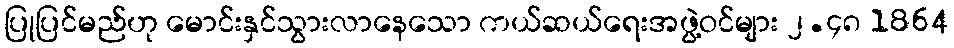
ပြုပြင်မည်ဟု မောင်းနှင်သွားလာနေသော ကယ်ဆယ်ရေးအဖွဲ့ဝင်များ ၂.၄၈ 1864